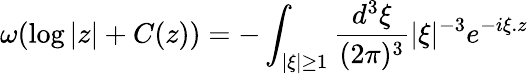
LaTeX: \omega(\log|z|+C(z))=-\int_{|\xi|\geq 1}\frac{d^{3}\xi}{(2\pi)^{3}}|\xi|^{-3}e^{-i\xi.z}